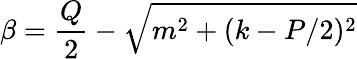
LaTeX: \beta=\frac{Q}{2}-\sqrt{m^{2}+(k-P/2)^{2}}